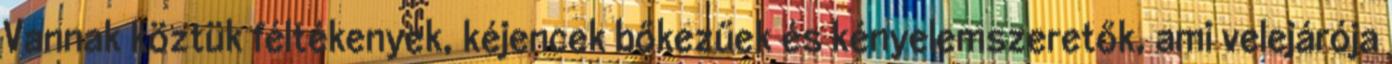
Vannak köztük féltékenyek, kéjencek bőkezűek és kényelemszeretők, ami velejárója